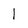
Character: 1